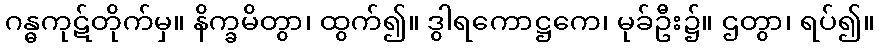
ဂန္ဓကုဋ်တိုက်မှ။ နိက္ခမိတွာ၊ ထွက်၍။ ဒွါရကောဋ္ဌကေ၊ မုခ်ဦး၌။ ဌတွာ၊ ရပ်၍။